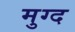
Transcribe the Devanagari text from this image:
मुग्द